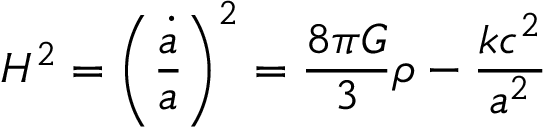
H ^ { 2 } = \left( { \frac { \dot { a } } { a } } \right) ^ { 2 } = { \frac { 8 \pi G } { 3 } } \rho - { \frac { k c ^ { 2 } } { a ^ { 2 } } }